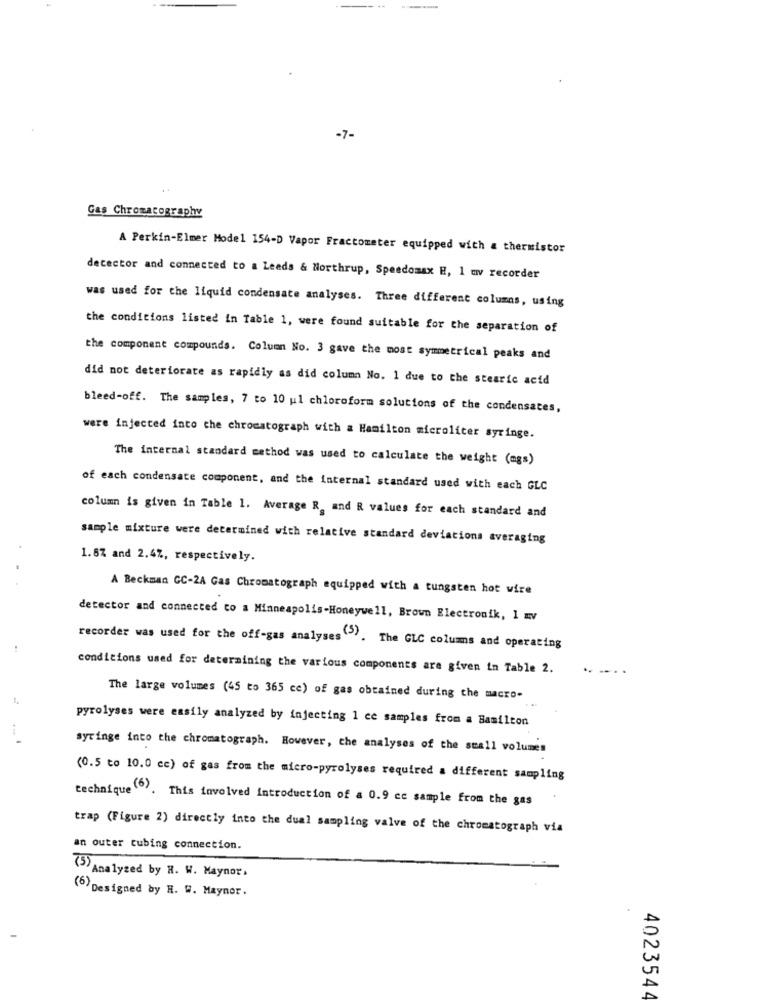
-7-
Gas Chromatography
A Perkin-Elmer Model 154-D Vapor Fractometer equipped with a thermistor
detector and connected to a Leeds & Northrup, Speedomax H, 1 mv recorder
was used for the liquid condensate analyses. Three different columns, using
the conditions listed in Table 1, were found suitable for the separation of
the component compounds. Column No. 3 gave the most symmetrical peaks and
did not deteriorate as rapidly as did column No. 1 due to the stearic acid
bleed-off. The samples, 7 to 10 ul chloroform solutions of the condensates,
were injected into the chromatograph with a Hamilton microliter syringe.
The internal standard method was used to calculate the weight (mgs)
of each condensate component, and the Internal standard used with each GLC
column is given in Table 1. Average R. and R values for each standard and
sample mixture were determined with relative standard deviations averaging
1.8% and 2.4%, respectively.
A Beckman CC-2A Gas Chromatograph equipped with a tungsten hot wire
detector and connected to a Minneapolis-Honeywell, Brown Electronik, 1 EV
recorder was used for the off-gas analyses"). The GLC columns and operating
conditions used for determining the various components are given in Table 2.
The large volumes (45 to 365 cc) of gas obtained during the macro-
pyrolyses were easily analyzed by injecting 1 ce samples from a Bamilton
syringe into the chromatograph. However, che analyses of the small volumes
(0.5 to 10.0 cc) of gas from the micro-pyrolyses required a different sampling
technique (6). This involved introduction of a 0.9 cc sample from the gas
trap (Figure 2) directly into the dual sampling valve of the chromatograph via
an outer tubing connection.
(5) Analyzed by H. W. Maynor.
(6) Designed by H. W. Maynor.
402354